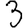
Digit: 3